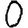
Digit: 0